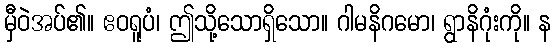
မှီဝဲအပ်၏။ ဧဝရူပံ၊ ဤသို့သောရှိသော။ ဂါမနိဂမော၊ ရွာနိဂုံးကို။ န